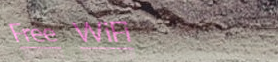
Free WiFi